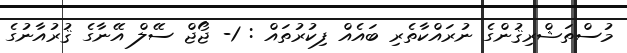
މުސްތަޝްރިޤުންގެ ނުރައްކާތެރި ބައެއް ފިކުރުތައް : 1- ޖޯޖް ސޭލް އޭނާގެ ޤުރުއާނުގެ